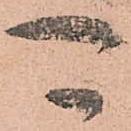
可